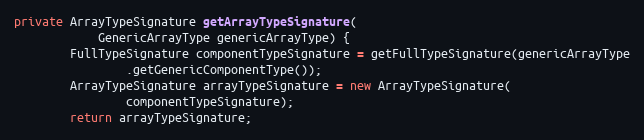
Language: Java
private ArrayTypeSignature getArrayTypeSignature(
			GenericArrayType genericArrayType) {
		FullTypeSignature componentTypeSignature = getFullTypeSignature(genericArrayType
				.getGenericComponentType());
		ArrayTypeSignature arrayTypeSignature = new ArrayTypeSignature(
				componentTypeSignature);
		return arrayTypeSignature;